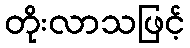
တိုးလာသဖြင့်